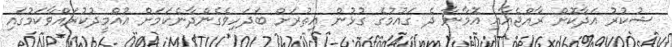
ޝުކުރު އަދާކޮށް ރާއްޖެއާއި އޮމާނާ ދެ ގައުމުގެ ގުޅުން އިތުރަށް ބަދަހިވެގެންދާނެކަމަށް އުއްމީދުކުރައްވާކަމުގައި